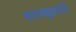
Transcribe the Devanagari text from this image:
यादवकुळानी